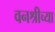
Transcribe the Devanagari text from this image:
वनश्रीच्या